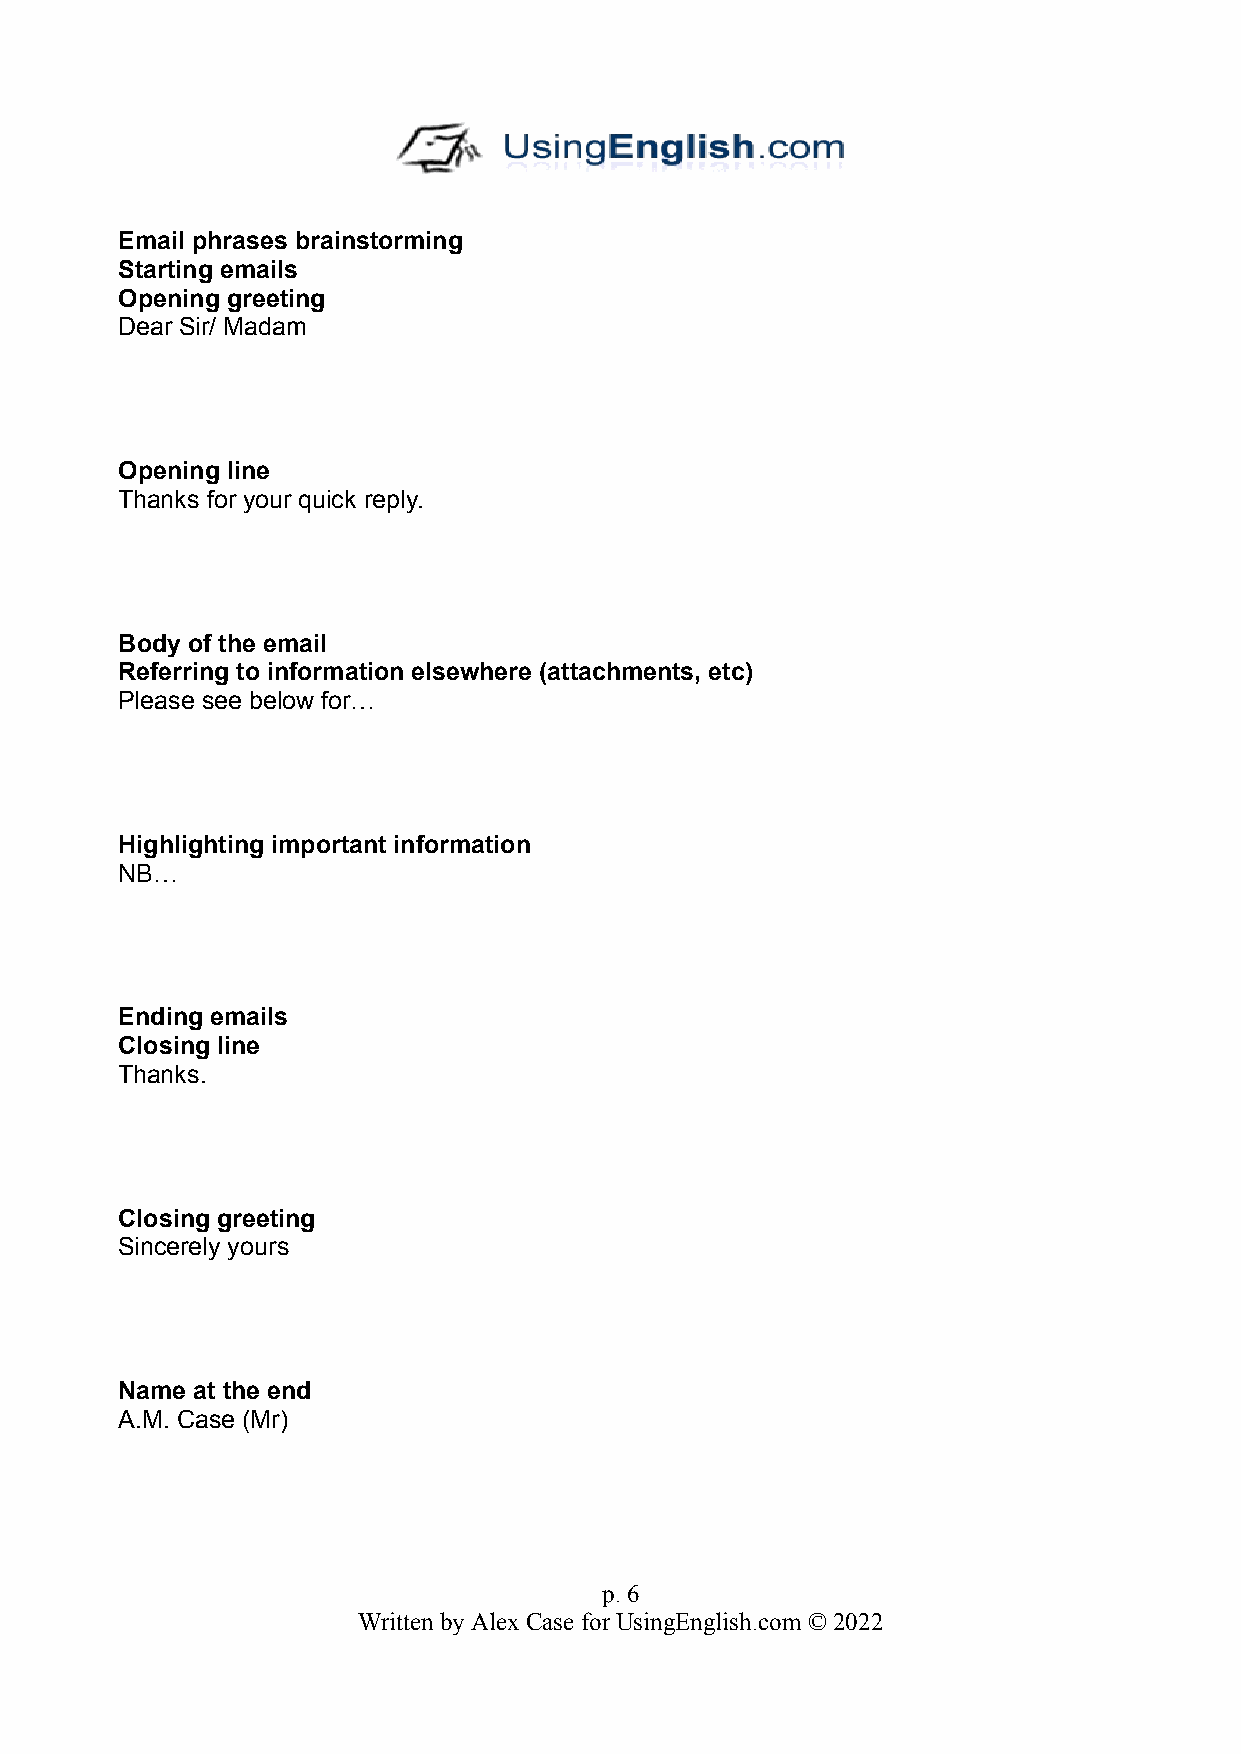
Email phrases brainstorming
 Starting emails
 Opening greeting
 Dear Sir/ Madam
 Opening line
 Thanks for your quick reply.
 Body of the email
 Referring to information elsewhere (attachments, etc)
 Please see below for…
 Highlighting important information
 NB…
 Ending emails
 Closing line
 Thanks.
 Closing greeting
 Sincerely yours
 Name at the end
 A.M. Case (Mr)
 p. 6
 Written by Alex Case for UsingEnglish.com © 2022